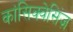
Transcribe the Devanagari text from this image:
कांसिक्वेसिंज़